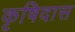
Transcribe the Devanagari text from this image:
कृषिदास